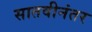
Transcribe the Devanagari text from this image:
सातवीनंतर